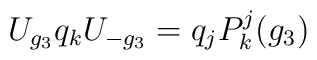
U_{g_3} q_k U_{-g_3}=q_jP^j_k(g_3)